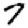
Digit: 7